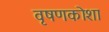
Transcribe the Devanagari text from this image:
वृषणकोशा